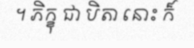
។ ភិក្ខុ ជា បិតា នោះ ក៏